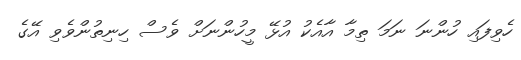
ހެވިފައި ހުންނަ ނަމަ ތިމާ އާއެކު އުޅޭ މީހުންނަށް ވެސް ހިނިތުންވެވި އޭގެ